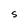
Character: s